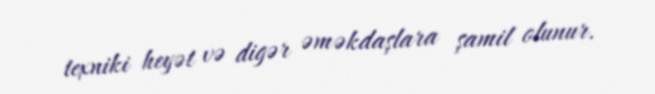
texniki heyət və digər əməkdaşlara şamil olunur.